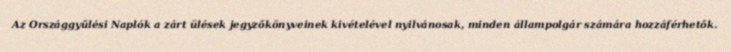
Az Országgyűlési Naplók a zárt ülések jegyzőkönyveinek kivételével nyilvánosak, minden állampolgár számára hozzáférhetők.